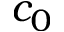
c _ { 0 }